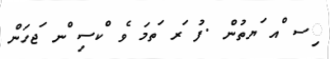
ިސ ްއ ަޔތުން .ފު ަރ ަތމަ ެވ ްކސި ްނ ަޖހަން